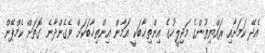
އެދޭ ކަމަށާއި ރައްޔިތުންގެ މަޖިލީހުގެ އިންތިޚާބަކީ އަމާން އިންތިޚާބަކަށް ވެގެންދާނެ ގޮތަށް ކެމްޕޭން